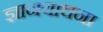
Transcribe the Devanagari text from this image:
ज्ञानयाचना